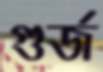
গুর্জ